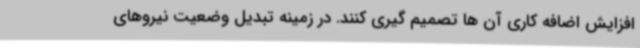
افزایش اضافه کاری آن ها تصمیم گیری کنند. در زمینه تبدیل وضعیت نیروهای